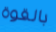
بالقوة